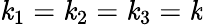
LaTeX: \mathit{k}_{1}=\mathit{k}_{2}=\mathit{k}_{3}=\mathit{k}